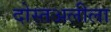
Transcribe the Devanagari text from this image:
दोस्तअलीला